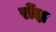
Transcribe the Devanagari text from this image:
रोंदा